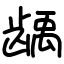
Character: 龋